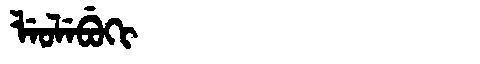
Manchu: ᠯᡝᠣᠯᡝᠪᡠᡴᡳ
Romanization: LEOLEBUKI